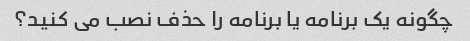
چگونه یک برنامه یا برنامه را حذف نصب می کنید؟